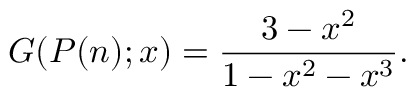
G ( P ( n ) ; x ) = { \frac { 3 - x ^ { 2 } } { 1 - x ^ { 2 } - x ^ { 3 } } } .